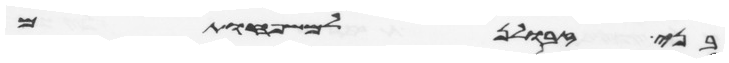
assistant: בני זבולן למשפחותם